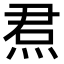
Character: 焄